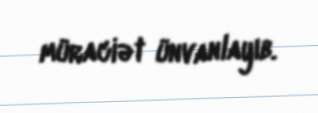
müraciət ünvanlayıb.